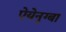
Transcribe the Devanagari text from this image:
ऐयेनुग्बा